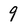
Character: 9